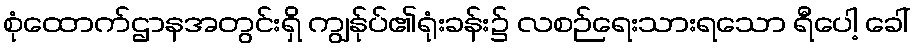
စုံထောက်ဌာနအတွင်းရှိ ကျွန်ုပ်၏ရုံးခန်း၌ လစဉ်ရေးသားရသော ရီပေါ့ ခေါ်